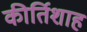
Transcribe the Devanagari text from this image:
कीर्तिशाह